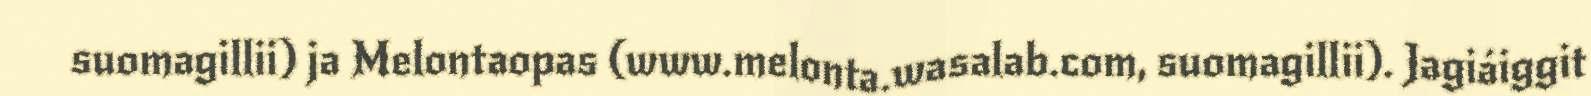
suomagillii) ja Melontaopas (www.melonta.wasalab.com, suomagillii). Jagiáiggit